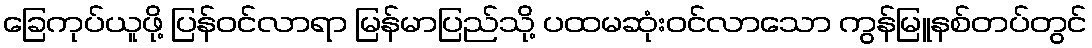
ခြေကုပ်ယူဖို့ ပြန်ဝင်လာရာ မြန်မာပြည်သို့ ပထမဆုံးဝင်လာသော ကွန်မြူနစ်တပ်တွင်